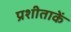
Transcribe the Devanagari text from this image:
प्रशीताकें